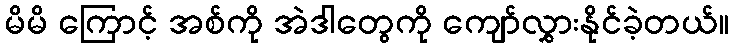
မိမိ ကြောင့် အစ်ကို အဲဒါတွေကို ကျော်လွှားနိုင်ခဲ့တယ်။